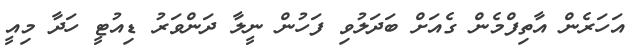
އަހަރެން އާތިފްމެން ގެއަށް ބަދަލުވި ފަހުން ނީލާ ދަންވަރު ޑިއުޓީ ހަދާ މިއީ